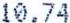
10.74